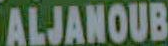
ALJANOUB